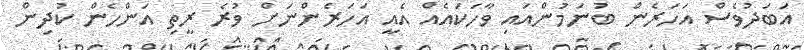
އަބަދުވެސް އަހަރެން ބުނަމުންއައި ވާހަކައެއް އެއީ އަހަރެންނަށް ވުރެ ރީތި އަންހެން ކުދިން